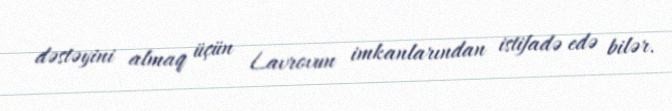
dəstəyini almaq üçün Lavrovun imkanlarından istifadə edə bilər.